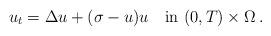
LaTeX: \begin{align*}u_t=\Delta u+(\sigma-u)u\quad{\rm in}\ (0,T)\times\Omega\,.\end{align*}